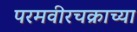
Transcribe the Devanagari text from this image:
परमवीरचक्राच्या